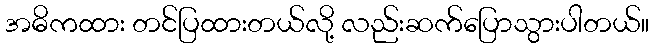
အဓိကထား တင်ပြထားတယ်လို့ လည်းဆက်ပြောသွားပါတယ်။